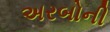
અરબોની